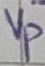
Text: Vp